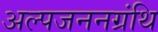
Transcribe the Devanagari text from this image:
अल्पजननग्रंथि